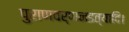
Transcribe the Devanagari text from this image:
पुराणवर्णनइत्यादि।